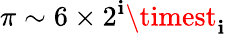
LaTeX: \pi\sim6\times2^{\mathbf{i}}\timest_{\mathbf{i}}